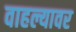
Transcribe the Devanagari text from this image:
वाहल्यावर